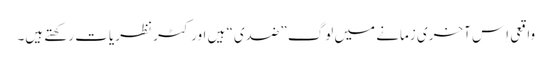
‏ واقعی اِس آخری زمانے میں لوگ ”‏ضدی“‏ ہیں اور کٹر نظریات رکھتے ہیں۔